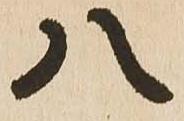
八